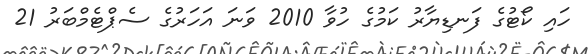
ހައި ކޯޓުގެ ފަނޑިޔާރު ކަމުގެ ހުވާ 2010 ވަނަ އަހަރުގެ ސެޕްޓެމްބަރު 21